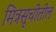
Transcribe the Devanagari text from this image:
मित्रसूचीतील